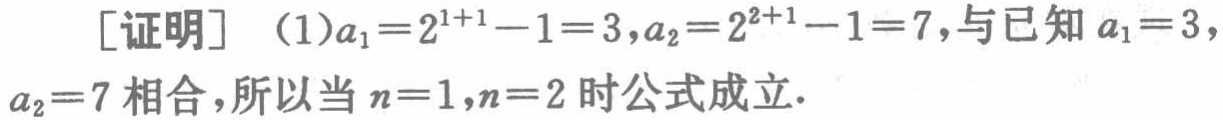
[证明] （1）\(a_{1}=2^{1 + 1}-1 = 3,a_{2}=2^{2 + 1}-1 = 7\)，与已知 \(a_{1}=3\)，\(a_{2}=7\) 相合，所以当 \(n = 1,n = 2\) 时公式成立.